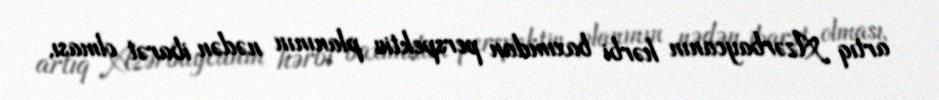
artıq Azərbaycanın hərbi baxımdan perspektiv planının nədən ibarət olması,